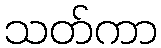
သတ်ကာ